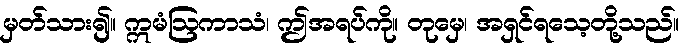
မှတ်သား၍။ ဣမံဩကာသံ၊ ဤအရပ်ကို။ တုမှေ၊ အရှင်ရသေ့တို့သည်။